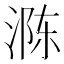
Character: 𮳈